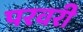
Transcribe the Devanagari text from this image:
परवरी